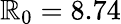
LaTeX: \mathbb{R}_{0}=8.74